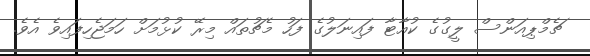
ޗެމްޕިއަންސް ލީގުގެ ކުއާޓާ ފައިނަލުގެ ފަހު މެޗުތައް މިރޭ ކުޅުމަށް ހަމަޖެހިފައިވެ އެވެ.